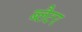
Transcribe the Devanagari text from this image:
ब्लैटर